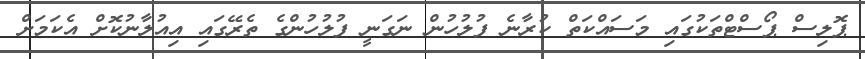
ޕޮލިސް ޕޯސްޓްތަކުގައި މަސައްކަތް ކުރާނެ ފުލުހުން ނަގަނީ ފުލުހުންގެ ތެރޭގައި އިއުލާނުކޮށް އެކަމަށް